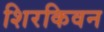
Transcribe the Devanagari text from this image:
शिरकिवन